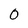
Character: 0